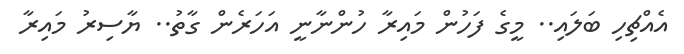
އެއްޗިހި ބަލައި.. މީގެ ފަހުން މައިރާ ހުންނާނީ އަހަރެން ގާތު.. ޔާސިރު މައިރާ